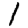
Digit: 1